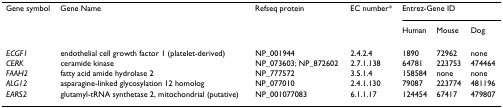
<table><thead><tr><td><b>Gene symbol</b></td><td><b>Gene Name</b></td><td><b>Refseq protein</b></td><td><b>EC number*</b></td><td colspan="3"><b>Entrez-Gene ID</b></td></tr><tr><td></td><td></td><td></td><td></td><td><b>Human</b></td><td><b>Mouse</b></td><td><b>Dog</b></td></tr></thead><tbody><tr><td><i>ECGF1</i></td><td>endothelial cell growth factor 1 (platelet-derived)</td><td>NP_001944</td><td>2.4.2.4</td><td>1890</td><td>72962</td><td>none</td></tr><tr><td><i>CERK</i></td><td>ceramide kinase</td><td>NP_073603; NP_872602</td><td>2.7.1.138</td><td>64781</td><td>223753</td><td>474464</td></tr><tr><td><i>FAAH2</i></td><td>fatty acid amide hydrolase 2</td><td>NP_777572</td><td>3.5.1.4</td><td>158584</td><td>none</td><td>none</td></tr><tr><td><i>ALG12</i></td><td>asparagine-linked glycosylation 12 homolog</td><td>NP_077010</td><td>2.4.1.130</td><td>79087</td><td>223774</td><td>481196</td></tr><tr><td><i>EARS2</i></td><td>glutamyl-tRNA synthetase 2, mitochondrial (putative)</td><td>NP_001077083</td><td>6.1.1.17</td><td>124454</td><td>67417</td><td>479807</td></tr></tbody></table>